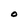
Character: O